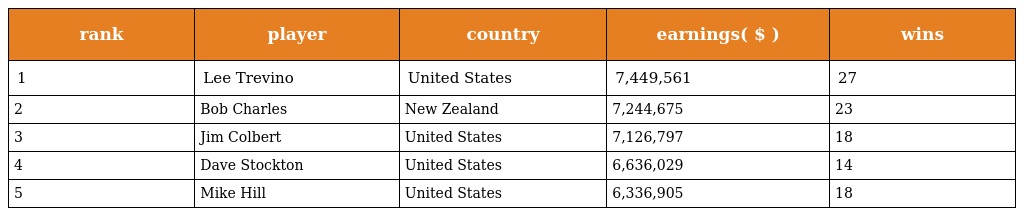
| rank | player | country | earnings( $ ) | wins |
 | --- | --- | --- | --- | --- |
 | 1 | Lee Trevino | United States | 7,449,561 | 27 |
 | 2 | Bob Charles | New Zealand | 7,244,675 | 23 |
 | 3 | Jim Colbert | United States | 7,126,797 | 18 |
 | 4 | Dave Stockton | United States | 6,636,029 | 14 |
 | 5 | Mike Hill | United States | 6,336,905 | 18 |